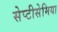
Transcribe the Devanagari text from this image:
सेप्टीसेमिया